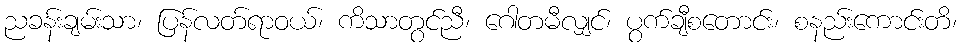
ညခန်းချမ်းသာ၊ ပြန်လတ်ရာဝယ်၊ ကိသာတွင်ညီ၊ ဂေါတမီလျှင်၊ ပွက်ချီစတောင်း၊ စနည်းကောင်းတိ၊